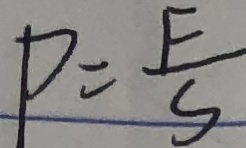
P = \frac { F } { s }